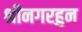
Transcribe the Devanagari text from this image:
श्रीनगरहुन